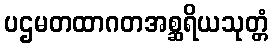
ပဌမတထာဂတအစ္ဆရိယသုတ္တံ